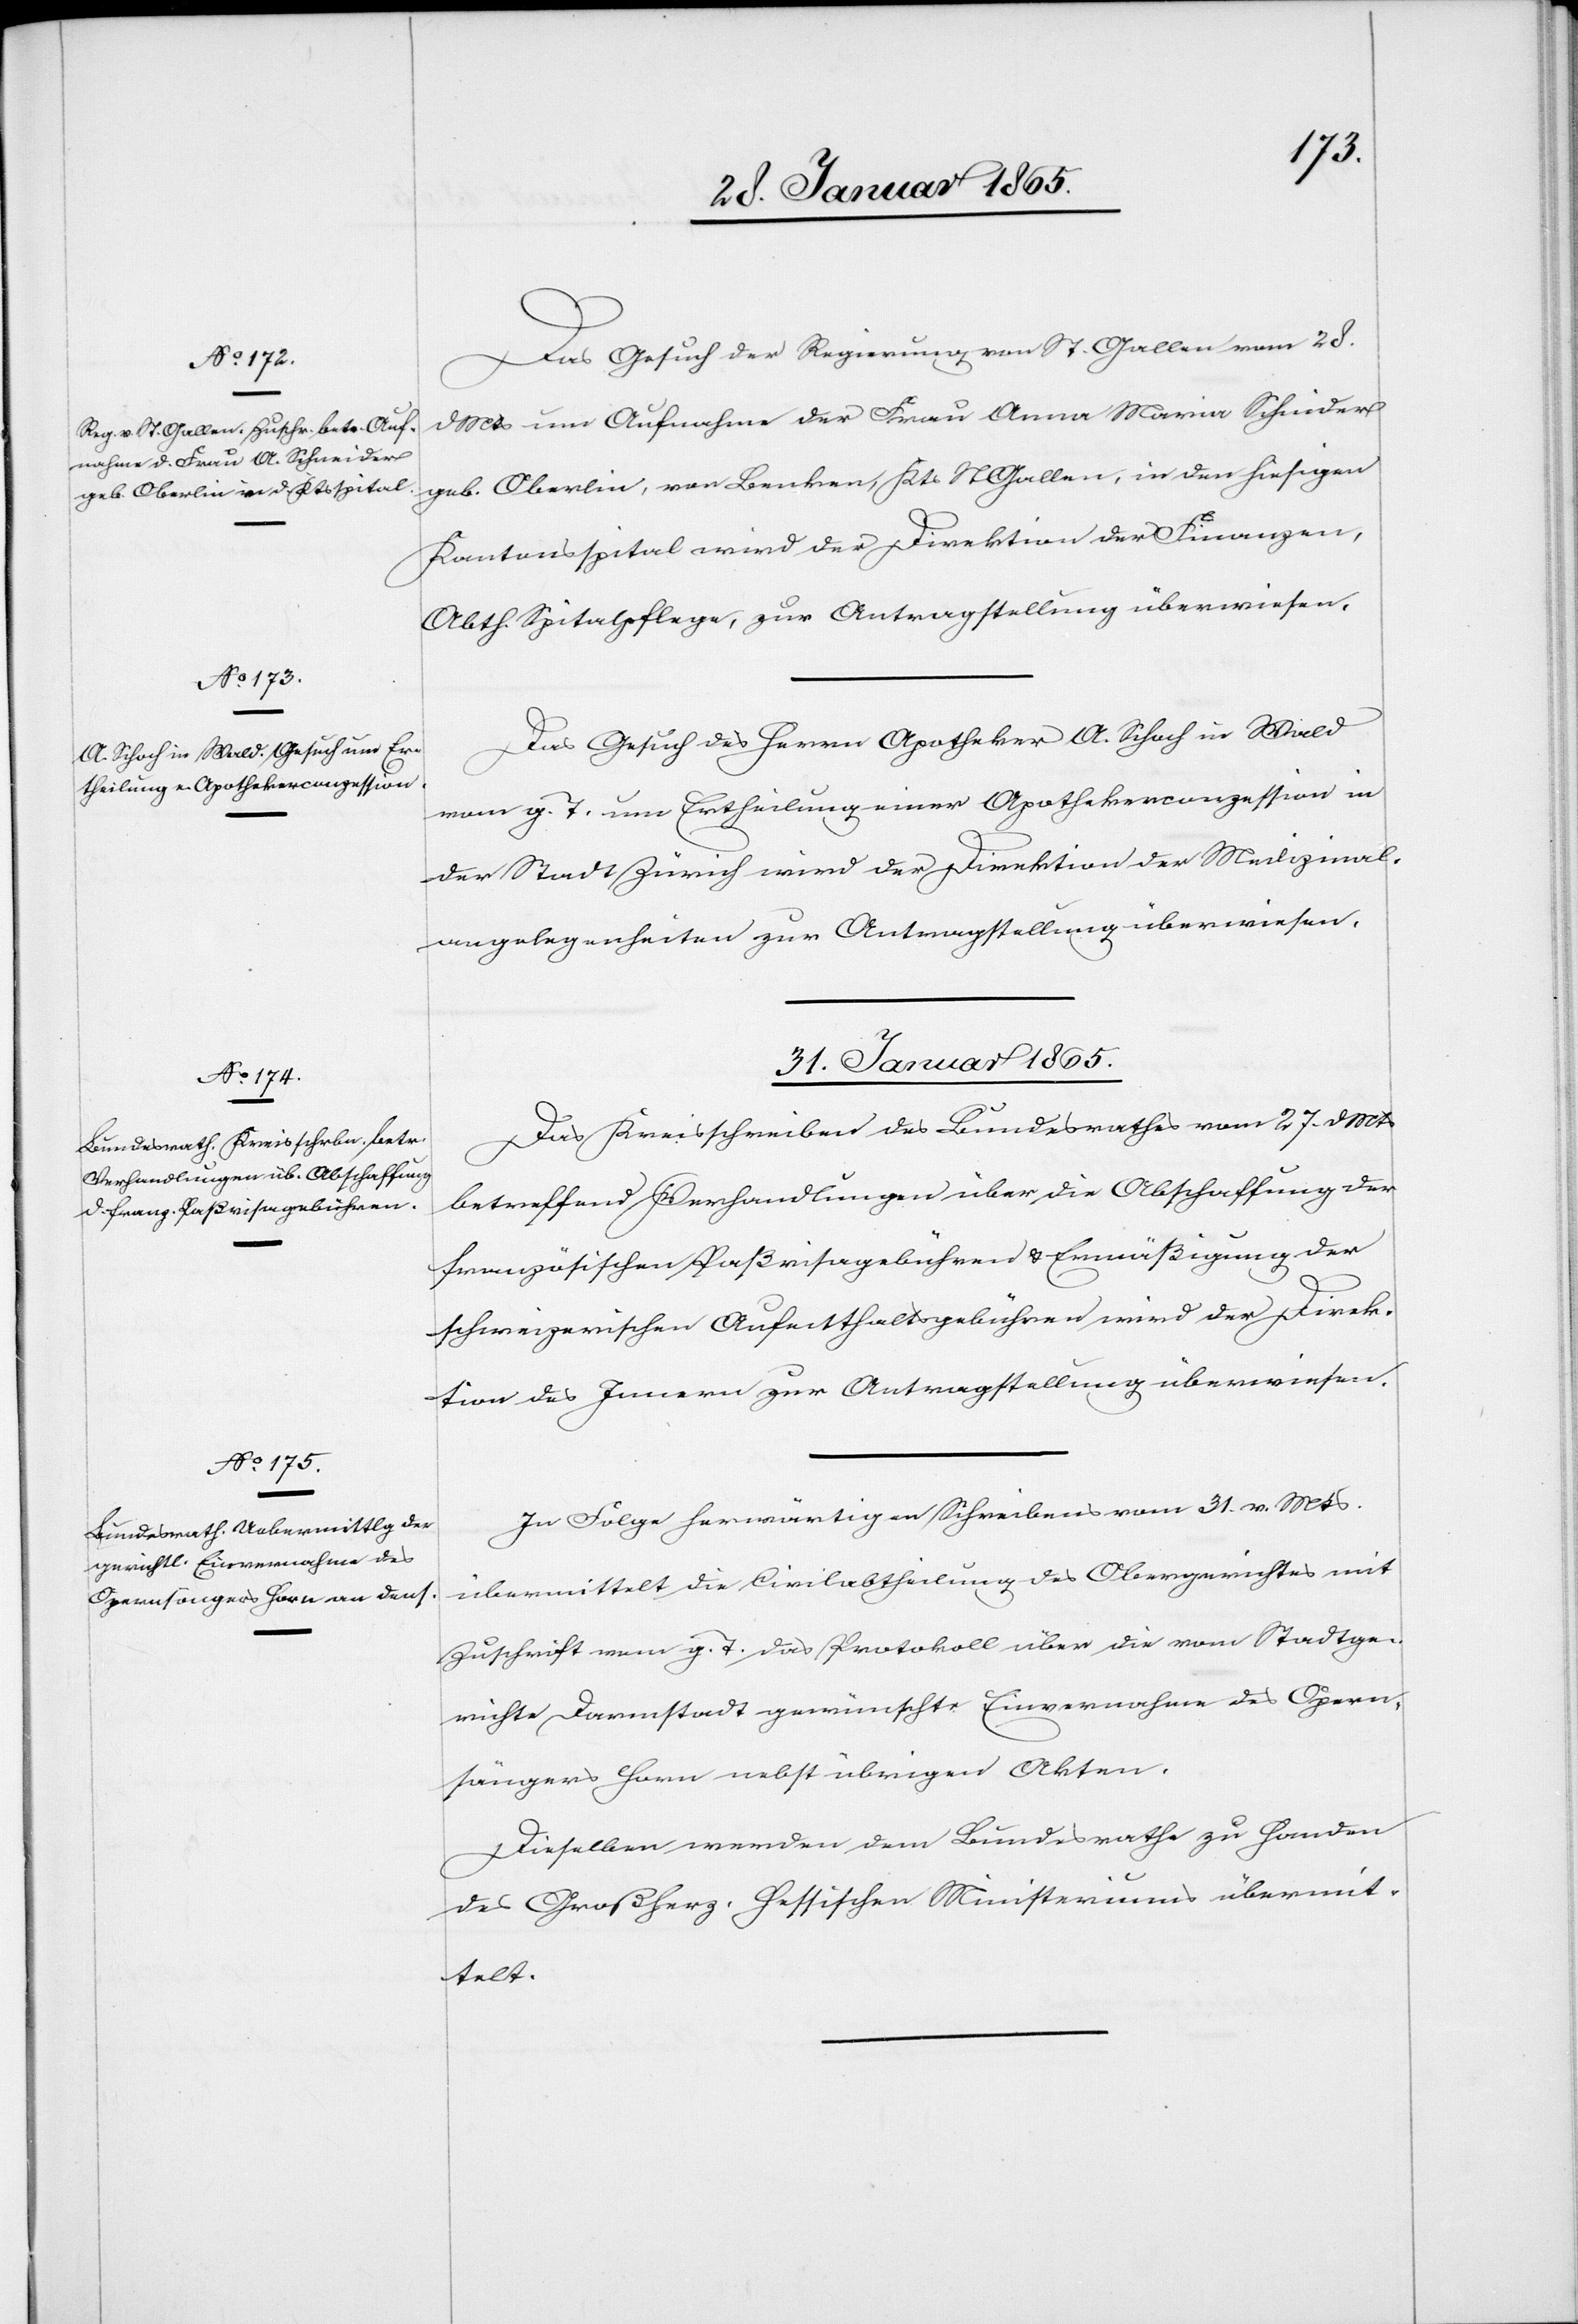
Das Gesuch der Regierung von St. Gallen vom 28.
d Mts um Aufnahme der Frau Anna Maria Schnider
geb. Oberlin, von Benken, Kts St Gallen, in den hiesigen
Kantonsspital wird der Direktion der Finanzen,
Abth. Spitalpflege, zur Antragstellung überwiesen.
Das Gesuch des Herrn Apotheker A. Schoch in Wald
vom g. T. um Ertheilung einer Apothekerconzession in
der Stadt Zürich wird der Direktion der Medizinal¬
angelegenheiten zur Antragstellung überwiesen.
31. Januar 1865.]
Das Kreisschreiben des Bundesrathes vom 27. d Mts
betreffend Verhandlungen über die Abschaffung der
französischen Paßvisagebühren u. Ermäßigung der
schweizerischen Aufenthaltsgebühren wird der Direk¬
tion des Innern zur Antragstellung überwiesen.
In Folge herwärtigen Schreibens vom 31. v. Mts.
übermittelt die Civilabtheilung des Obergerichtes mit
Zuschrift vom g. T. das Protokoll über die vom Stadtge¬
richte Darmstadt gewünschte Einvernahme des Opern¬
sängers Horn nebst übrigen Akten.
Dieselben werden dem Bundesrathe zu Handen
des Großherz. Hessischen Ministeriums übermit¬
telt.